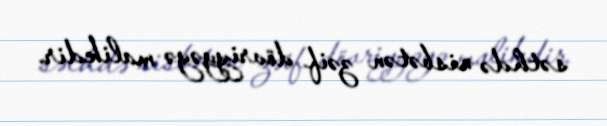
səthdə nisbətən zəif dövriyyəyə malikdir.